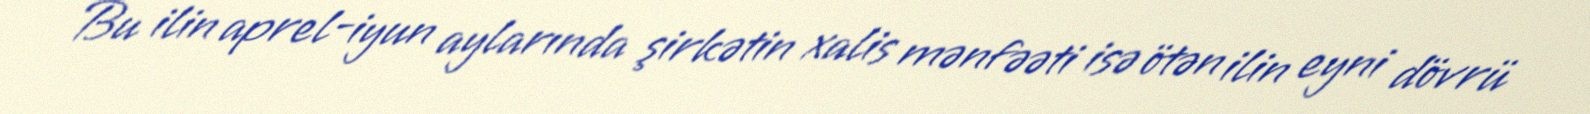
Bu ilin aprel-iyun aylarında şirkətin xalis mənfəəti isə ötən ilin eyni dövrü